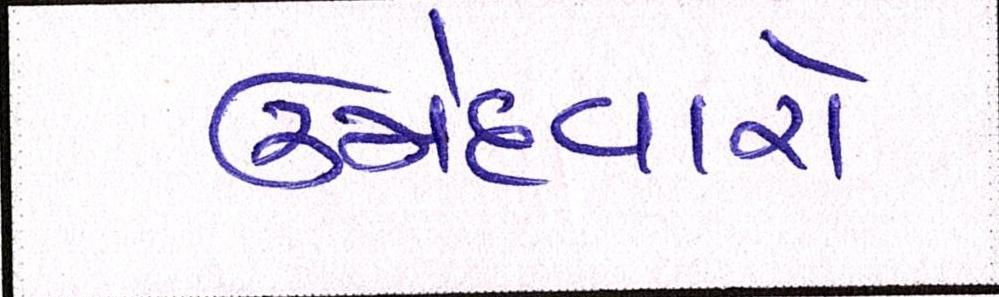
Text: ઉમેદવારો